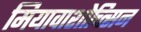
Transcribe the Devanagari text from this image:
मियावाशोच्त्सिन